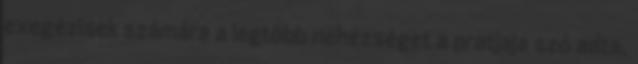
exegézisek számára a legtöbb nehézséget a pratjaja szó adta,